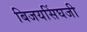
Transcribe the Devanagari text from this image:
बिजयसिंघजी